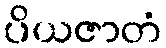
ပိယဇာတံ